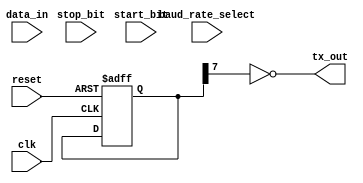
module UART_transmitter (
  input wire clk,
  input wire reset,
  input wire [7:0] data_in,
  input wire start_bit,
  input wire stop_bit,
  input wire baud_rate_select,
  output reg tx_out
);

reg [7:0] shift_register;
reg [2:0] state;
reg [3:0] baud_counter;

parameter BAUD_RATE_9600 = 1041; // Baud rate for 9600bps

always @ (posedge clk or posedge reset)
begin
  if (reset)
  begin
    shift_register <= 8'b11111111; // initialize shift register with all 1's
    state <= 3'b000; // reset state
    baud_counter <= 0;
  end
  else
  begin
    case(state)
      3'b000: // idle state
      begin
        if (start_bit)
        begin
          state <= 3'b001; // move to the start bit state
          baud_counter <= 0; // reset baud counter
        end
      end
      3'b001: // start bit state
      begin
        if (baud_counter == BAUD_RATE_9600)
        begin
          baud_counter <= 0;
          state <= 3'b010; // move to the data bit transmission state
        end
        else
        begin
          baud_counter <= baud_counter + 1;
        end
      end
      3'b010: // data bit transmission state
      begin
        if (baud_counter == BAUD_RATE_9600)
        begin
          shift_register <= {shift_register[6:0], data_in}; // shift in new data bit
          baud_counter <= 0;
          if (shift_register[7]) // check if stop bit should be transmitted
          begin
            state <= 3'b011; // move to the stop bit state
          end
          else
          begin
            state <= 3'b010; // stay in data bit transmission state
          end
        end
        else
        begin
          baud_counter <= baud_counter + 1;
        end
      end
      3'b011: // stop bit state
      begin
        if (baud_counter == BAUD_RATE_9600)
        begin
          baud_counter <= 0;
          state <= 3'b000; // move back to idle state
        end
        else
        begin
          baud_counter <= baud_counter + 1;
        end
      end
    endcase
  end
end

assign tx_out = ~shift_register[7];

endmodule